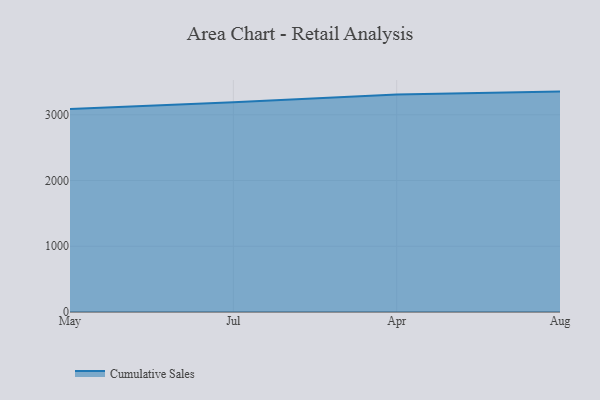
{"axis": {"x": "Month", "y": "Budget (USD K)"}, "legend": ["Cumulative Sales"], "data": [{"x": "May", "y": 3088.6, "type": "Cumulative Sales"}, {"x": "Jul", "y": 3191.6, "type": "Cumulative Sales"}, {"x": "Apr", "y": 3307.6, "type": "Cumulative Sales"}, {"x": "Aug", "y": 3353.1, "type": "Cumulative Sales"}]}